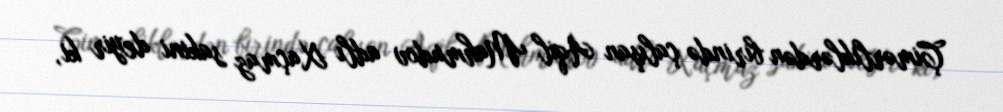
Çimərliklərdən birində çalışan Aqil Mahmudov adlı Xaçmaz sakini deyir ki,